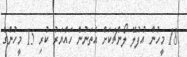
18 މީހުން އުފުލޭ ލޯންޗަކަށް އެތަނުން ހައްޔަރު ކުރި 15 މީހުންގެ